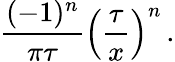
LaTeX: \frac{(-1)^{n}}{\pi\tau}\left(\frac{\tau}{x}\right)^{n}\, .